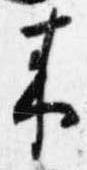
来